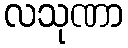
လသုဏာ